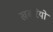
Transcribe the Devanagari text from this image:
खबरियो